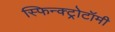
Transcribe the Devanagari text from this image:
स्फिन्क्ट्रोटॉमी